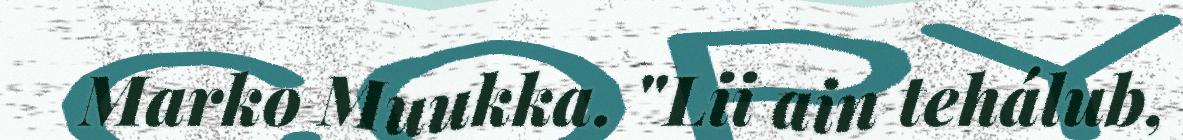
Marko Muukka. "Lii ain tehálub,